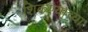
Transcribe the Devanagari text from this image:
शिकण्याच्‍या